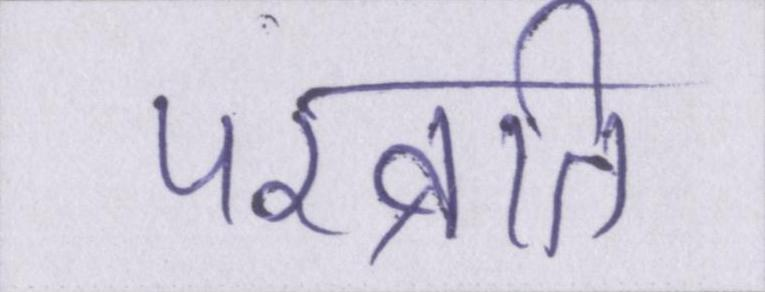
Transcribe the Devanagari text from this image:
परव्रति